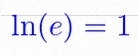
\ln(e)=1